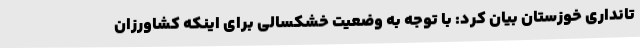
تانداری خوزستان بیان کرد: با توجه به وضعیت خشکسالی برای اینکه کشاورزان